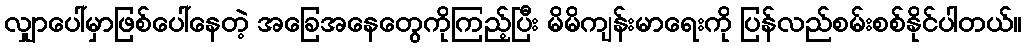
လျှာပေါ်မှာဖြစ်ပေါ်နေတဲ့ အခြေအနေတွေကိုကြည့်ပြီး မိမိကျန်းမာရေးကို ပြန်လည်စမ်းစစ်နိုင်ပါတယ်။